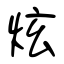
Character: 炫